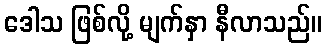
ဒေါသ ဖြစ်လို့ မျက်နှာ နီလာသည်။